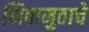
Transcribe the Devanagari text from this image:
शिवामुठाचे